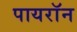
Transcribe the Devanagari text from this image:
पायराॅन